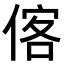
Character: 𬾼